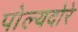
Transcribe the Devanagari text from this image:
पोल्यदोरे